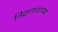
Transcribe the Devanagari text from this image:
निद्रानाशाच्या